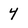
Character: 4